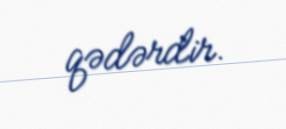
qədərdir.